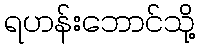
ရဟန်းဘောင်သို့